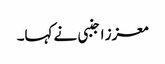
معزز اجنبی نے کہا۔